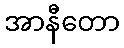
အာနီတော